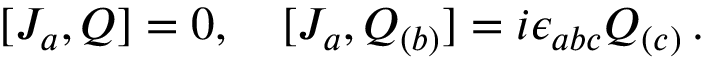
[ J _ { a } , Q ] = 0 , \ \ \ [ J _ { a } , Q _ { ( b ) } ] = i \epsilon _ { a b c } Q _ { ( c ) } \, .